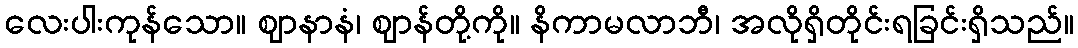
လေးပါးကုန်သော။ ဈာနာနံ၊ ဈာန်တို့ကို။ နိကာမလာဘီ၊ အလိုရှိတိုင်းရခြင်းရှိသည်။